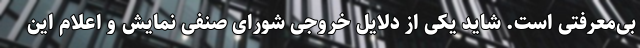
بی‌معرفتی است. شاید یکی از دلایل خروجی شورای صنفی نمایش و اعلام این